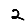
Digit: 2